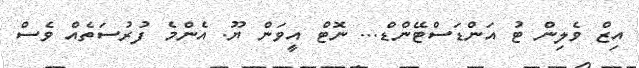
އިޒް ވެލިން ޓު އަންޑަސްޓޭންޑް... ނޮޓް އީވަން ޔޫ. އެންމެ ފުރުސަތެއް ވެސް